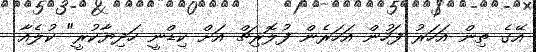
އޭގެ ތިން އަހަރު ފަހުން އަހަރެން ފުލޮރިޗް އަށް ކިޑްނީ ހަދިޔާކުރީ" ކުލެއާ